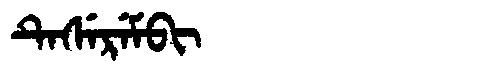
Manchu: ᡨᡝᠰᡝᡵᡝᠮᠪᡳ
Romanization: TESEREMBI